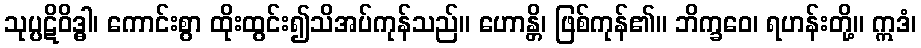
သုပ္ပဋိဝိဒ္ဓါ၊ ကောင်းစွာ ထိုးထွင်း၍သိအပ်ကုန်သည်။ ဟောန္တိ၊ ဖြစ်ကုန်၏။ ဘိက္ခဝေ၊ ရဟန်းတို့။ ဣဒံ၊